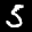
Label: 5